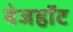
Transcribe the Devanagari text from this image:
बेजहॉट